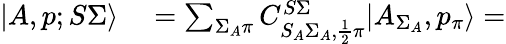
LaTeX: \begin{array}{rl}{|A,p;S\Sigma\rangle}&{{}=\sum_{\Sigma_{A}\pi}C_{S_{A}\Sigma_{A},\frac{1}{2}\pi}^{S\Sigma}|A_{\Sigma_{A}},p_{\pi}\rangle=}\end{array}